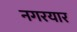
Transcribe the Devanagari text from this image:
नगरयार